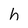
Character: h